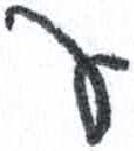
אות: ע